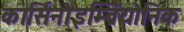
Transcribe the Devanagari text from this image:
कार्सिनोइम्ब्रियोनिक